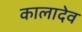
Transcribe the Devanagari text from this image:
कालादेव